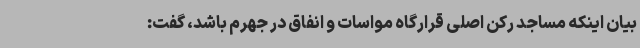
بیان اینکه مساجد رکن اصلی قرارگاه مواسات و انفاق در جهرم باشد، گفت: